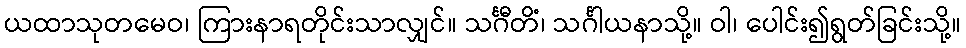
ယထာသုတမေဝ၊ ကြားနာရတိုင်းသာလျှင်။ သင်္ဂီတိံ၊ သင်္ဂါယနာသို့။ ဝါ၊ ပေါင်း၍ရွတ်ခြင်းသို့။